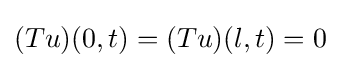
(Tu)(0,t)=(Tu)(l,t)=0